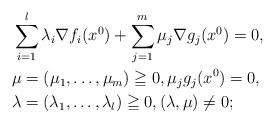
LaTeX: \begin{align*}&\sum_{i=1}^l\lambda_i\nabla f_i(x^0)+\sum_{j=1}^m\mu_j\nabla g_j(x^0)=0,\\&\mu=(\mu_1, \ldots, \mu_m)\geqq 0, \mu_jg_j(x^0)=0,\\&\lambda=(\lambda_1, \ldots, \lambda_l)\geqq 0, (\lambda, \mu)\neq 0;\end{align*}